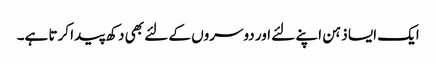
ایک ایسا ذہن اپنے لئے اور دوسروں کے لئے بھی دکھ پیدا کرتا ہے۔